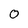
Character: 0